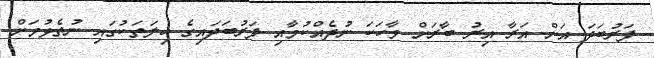
ފަރުބަދަ އަށް އަރާ އިރު ބާރަށް ވާހަކަ ނުދެއްކުމާއި ފަރުބަދައިގެ ހިލަތަކުގައި ނުތެޅުމަށް